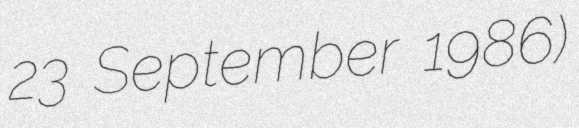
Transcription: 23 September 1986)